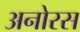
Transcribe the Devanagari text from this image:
अनोरस